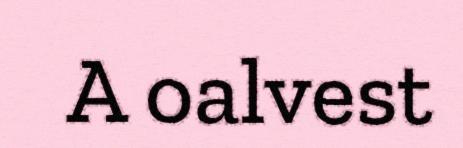
A oalvest